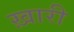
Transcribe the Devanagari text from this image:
ख़ारी